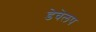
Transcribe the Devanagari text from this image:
डेवेलप